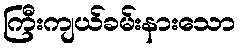
ကြီးကျယ်ခမ်းနားသော